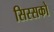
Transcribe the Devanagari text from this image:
सिस्सको